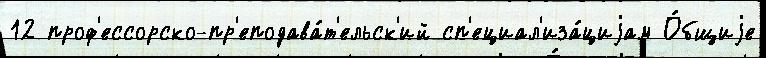
12 проф'ессорско-пр'еподава́т'ельск'ий сп'ециал'иза́циjам О́бщиjе